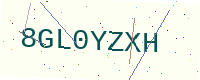
Text: 8GL0YZXH